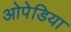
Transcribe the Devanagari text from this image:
ओपेडिया